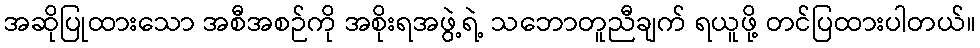
အဆိုပြုထားသော အစီအစဉ်ကို အစိုးရအဖွဲ့ရဲ့ သဘောတူညီချက် ရယူဖို့ တင်ပြထားပါတယ်။